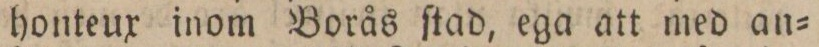
honteux inom Borås ſtad, ega att med an=